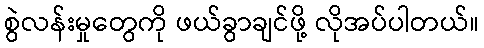
စွဲလန်းမှုတွေကို ဖယ်ခွာချင်ဖို့ လိုအပ်ပါတယ်။